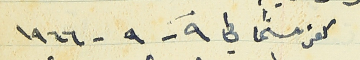
كفرشيما في ٩ - ٩ - ١٩٦٦